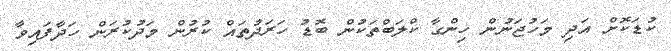
ކުޑަކޮށް އަދި މަހުޖަނުން ހިންގާ ކްލަބްތަކުން ބޮޑު ހަރަދުތައް ކުރުން މަދުކުރަން ހަދާފައިވާ